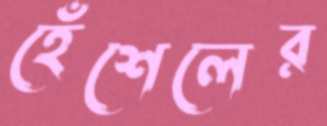
হেঁশেলের